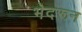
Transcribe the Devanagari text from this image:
भेदरून